Medical and sanitary report of the native army of Bengal for the year
Year: 1875
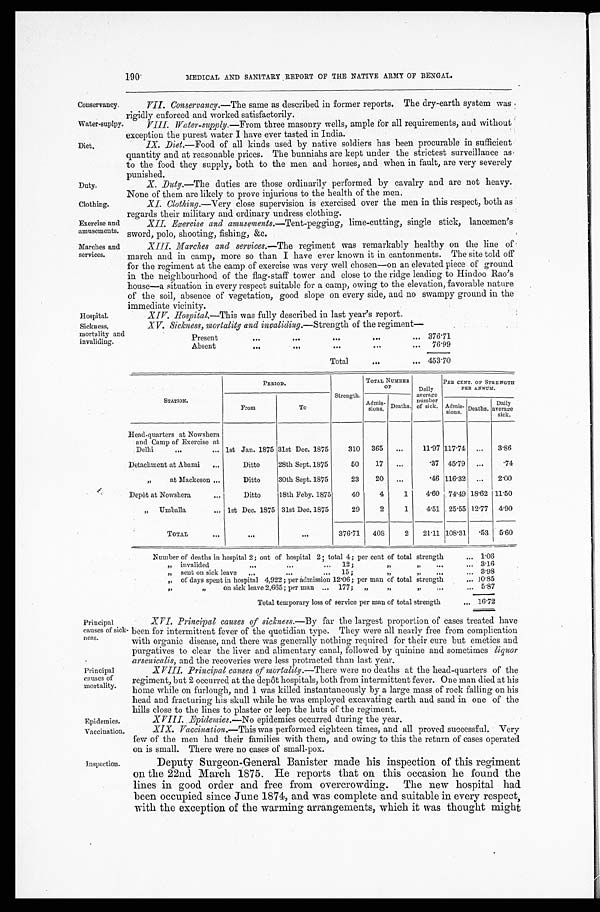
Conservancy.
Water-suplpy.
Clothing.
Exercise and
amusements.
XIV. Hospital.—This was fully described in last year's report.
Hospital.
XV. Sickness, mortality and invaliding.— Strength of the regiment—
Present
. . .
...
. . .
. . .
. . .
376.71
Absent
...
. . .
. . .
. . .
. . .
76.99
Total
. . .
. . .
453.70
Sickness,
mortality and invaliding.
Epidemics.
Vaccination.
190
MEDICAL AND SANITARY REPORT OF THE NATIVE ARMY OF BENGAL.
VII. Conservancy.—The same as described in former reports. The dry-earth system was
rigidly enforced and worked satisfactorily.
VIII. Water-supply.—From three masonry wells, ample for all requirements, and without
exception the purest water I have ever tasted in India.
Diet.
Duty.
IX. Diet.—Food of all kinds used by native soldiers has been procurable in sufficient
quantity and at reasonable prices. The bunniahs are kept under the strictest surveillance as
to the food they supply, both to the men and horses, and when in fault, are very severely
punished.
X. Duty.—The duties are those ordinarily performed by cavalry and are not heavy.
None of them are likely to prove injurious to the health of the men.
XI. Clothing.—Very close supervision is exercised over the men in this respect, born as
regards their military and ordinary undress clothing.
XII. Exercise and amusements.— Tent-pegging, lime-cutting, single stick, lancemen's
sword, polo, shooting, fishing, &c.
Marches and
services.
XIII. Marches and services.— The regiment was remarkably healthy on the line of
march and in camp, more so than I have ever known it in cantonments. The site told off
for the regiment at the camp of exercise was very well chosen—on an elevated piece of ground
in the neighbourhood of the flag-staff tower and close to the ridge leading to Hindoo Rao's
house—a situation in every respect suitable for a camp, owing to the elevation, favorable nature
of the soil, absence of vegetation, good slope on every side, and no swampy ground in the
immediate vicinity.
Principal
causes of
mortality.
Principal
causes of sick-
ness.
STATION.
PERIOD.
Strength.
TOTAL NUMBER
OF
Daily
average
number
of sick.
PER CENT. OF STRENGTH
PER ANNUM.
From
To
Admis-
s i o n s . Deaths.
Admis-
sions. Deaths.
Daily
average
sick.
Head-quarters at Nowshera
and Camp of Exercise at
Delhi
...
. . . 1st Jan. 1875 31st Dec. 1875
310
365
...
11.97 117.74
...
3.86
Detachment at Abazai
...
Ditto
28th Sept. 1875
50
17
. . .
. 3 7
45.79
...
.74
„
at Mackeson ...
Ditto
30th Sept. 1875
23
20
. . .
. 4 6
116. 32
...
2.00
Depôt at Nowshera
. . .
Ditto
18th Feby. 1875
40
4
1
4.60 74.49 18. 62 11.50
„
Umballa
. . . 1st Dec. 1875 31st Dec. 1875
29
2
1
4.51 25.55
12 . 77 4.90
TOTAL
. . .
. . .
. . .
376.71
408
2
21 . 11 108.31 .53 5.60
Number of deaths in hospital 2 ; out of hospital 2 ; total 4 ; per cent of total strength
. . . 1.06
„ invalided
. . .
. . . ...
12 ;
, ,
, ,
. . .
. . . 3 . 16
„ sent on sick leave
...
. . .
...
15 ;
, ,
, ,
. . .
... 3 .98
, , of days spent in hospital 4,922 ; per admission 12 .06 ; per man of total strength
... 10.85
, ,
,,
on sick leave 2,665 ; per man ... 177 ;
„
, ,
, ,
. . .
... 5.87
Total temporary loss of service per man of total strength
... 16.72
X V I . P r i n c i p a l c a u s e s o f s i c k n e s s . —B
y
f a r t h e l a r g e s t p r o p o r t i o n o f c a s e s t r e a t e d h a v e
been for intermittent fever of the quotidian type. They were all nearly free from complication
with organic disease, and there was generally nothing required for their cure but emetics and
purgatives to clear the liver and alimentary canal, followed by quinine and sometimes liquor
arsenicalis,a n d t h e r e c o v e r i e s w e r e l e s s p r o t r a c t e d t h a n l a s t y e a r .
XV 1 1 1 . P r i n c i p a l c a u s e s o f m o r t a l i t y . —T
h e r e
w e r e n o d e a t h s a t t h e h e a d - q u a r t e r s o f t h e
regiment, but 2 occurred at the depôt hospitals, both from intermittent fever. One man died at his
home while on furlough, and 1 was killed instantaneously by a large mass of rock falling on his
head and fracturing his skull while he was employed excavating earth and sand in one of the
hills close to the lines to plaster or leep the huts of the regiment.
Inspection.
XVIII. Epidemies.— No epidemics occurred during the year.
XIX. Vaccination.— This was performed eighteen times, and all proved successful. Very
few of the men had their families with them, and owing to this the return of cases operated
on is small. There were no cases of small-pox.
Deputy Surgeon-General Banister made his inspection of this regiment
on the 22nd March 1875. He reports that on this occasion he found the
lines in good order and free from overcrowding. The new hospital had
been occupied since June 1874, and was complete and suitable in every respect,
with the exception of the warming arrangements, which it was thought might